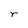
Character: r